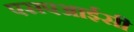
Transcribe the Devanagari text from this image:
एसएआईसी